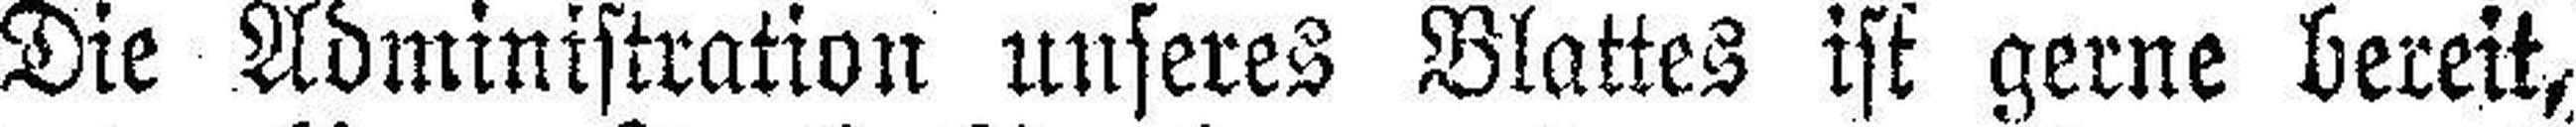
Die Administration unseres Blattes ist gerne bereist